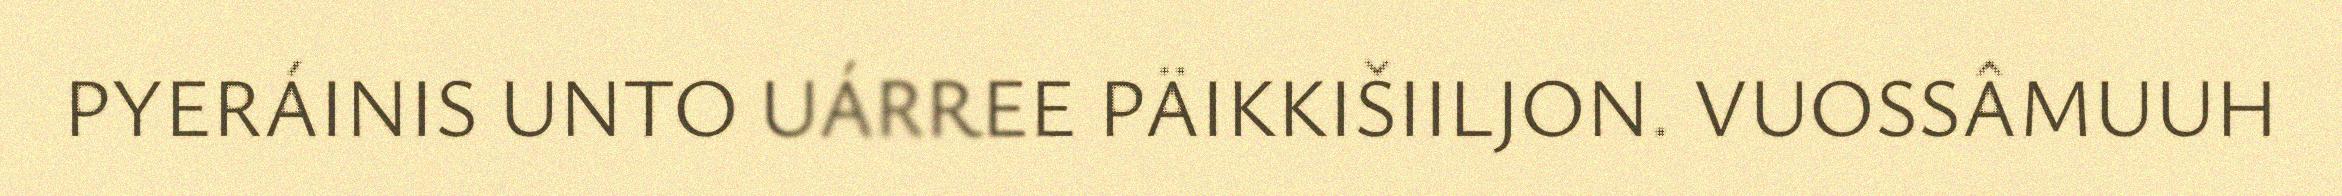
PYERÁINIS UNTO UÁRREE PÄIKKIŠIILJON. VUOSSÂMUUH